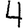
Digit: 4